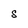
Character: S